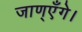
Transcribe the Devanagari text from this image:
जाण्‌एँगे।